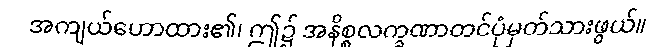
အကျယ်ဟောထား၏၊ ဤ၌ အနိစ္စလက္ခဏာတင်ပုံမှတ်သားဖွယ်။